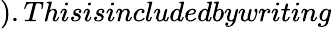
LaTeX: ).Thisisincludedbywriting